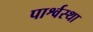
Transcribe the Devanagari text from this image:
पार्श्वस्था